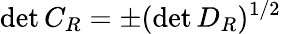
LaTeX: \operatorname*{det}{C_{R}}=\pm(\operatorname*{det}{D_{R}})^{1/2}